Report of the veterinary officer investigating camel disease
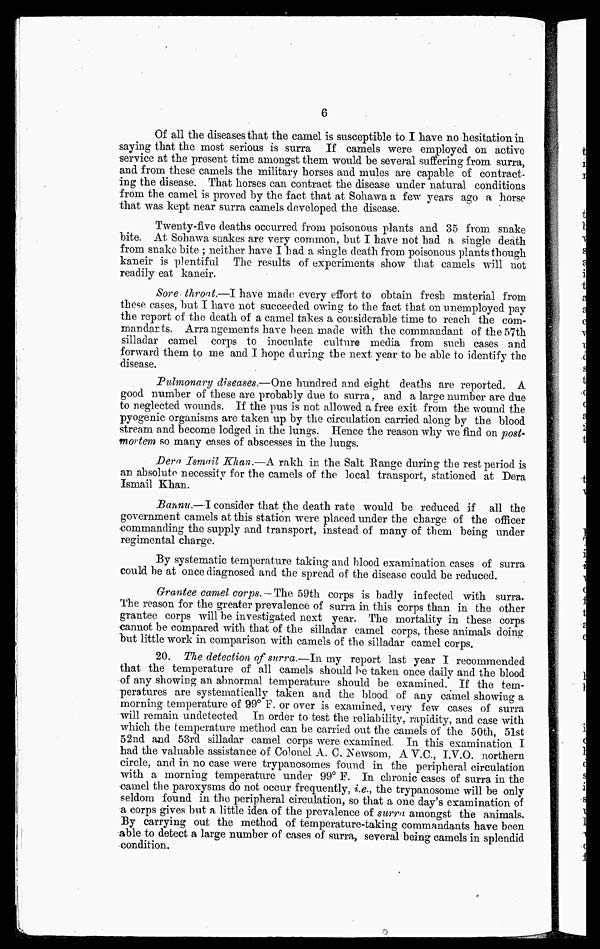
6
Of all the diseases that the camel is susceptihle to I have no hesitation in
saying that the most serious is surra If camels were employed on active
service at the present time amongst them would be several suffering from surra,
and from these camels the military horses and mules are capable of contract-
ing the disease. That horses can contract the disease under natural conditions
from the camel is proved by the fact that at Sohawa a few years ago a horse
that was kept near surra camels developed the disease.
Twenty-five deaths occurred from poisonous plants and 35 from snake
bite. At Sohawa snakes are very common, but I have not had a single death
from snake bite ; neither have I had a single death from poisonous plants though
kaneir is plentiful The results of experiments show that camels will not
readily eat kaneir.
Sore throat.—I have made every effort to obtain fresh material from
these cases, but I have not succeeded owing to the fact that on unemployed pay
the report of the death of a camel takes a considerable time to reach the com-
mandarts. Arrangements have been made with the commandant of the 57th
silladar camel corps to inoculate culture media from such cases and
forward them to me and I hope during the next year to be able to identify the
disease.
Pulmonary diseases.—One hundred and eight deaths are reported. A
good number of these are probably due to surra, and a large number are due
to neglected wounds. If the pus is not allowed a free exit from the wound the
pyogenic organisms are taken up by the circulation carried along by the blood
stream and become lodged in the lungs. Hence the reason why we find on post-
mortem so many cases of abscesses in the lungs.
Dera Ismail Khan.—A rakh in the Salt Range during the rest period is
an absolute necessity for the camels of the local transport, stationed at Dera
Ismail Khan.
Bannu.—I consider that the death rate would be reduced if all the
government camels at this station were placed under the charge of the officer
commanding the supply and transport, instead of many of them being under
regimental charge.
By systematic temperature taking and blood examination cases of surra
could be at once diagnosed and the spread of the disease could be reduced.
Grantee camel corps. — The 59th corps is badly infected with surra.
The reason for the greater prevalence of surra in this corps than in the other
grantee corps will be investigated next year. The mortality in these corps
cannot be compared with that of the silladar camel corps, these animals doing
but little work in comparison with camels of the silladar camel corps.
20. The detection of surra.—In my report last year I recommended
that the temperature of all camels should be taken once daily and the blood
of any showing an abnormal temperature should be examined. If the tem-
peratures are systematically taken and the blood of any camel showing a
morning temperature of 99° F. or over is examined, very few cases of surra
will remain undetected In order to test the reliability, rapidity, and case with
which the temperature method can be carried out the camels of the 50th, 51st
52nd and 53rd silladar camel corps were examined. In this examination I
had the valuable assistance of Colonel A. C. Newsom, A V.C., I.V.O. northern
circle, and in no case were trypanosomes found in the peripheral circulation
with a morning temperature under 99° F. In chronic cases of surra in the
camel the paroxysms do not occur frequently, i.e., the trypanosome will be only
seldom found in the peripheral circulation, so that a one day's examination of
a corps gives but a little idea of the prevalence of surra amongst the animals.
By carrying out the method of temperature-taking commandants have been
able to detect a large number of cases of surra, several being camels in splendid
condition.